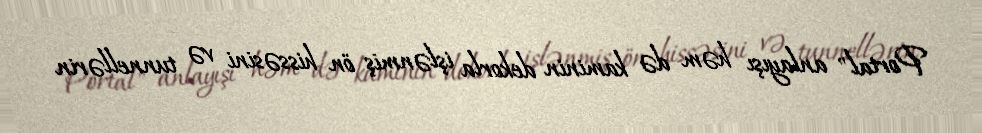
Portal" anlayışı həm də kaminin dekorla işlənmiş ön hissəsini və tunnellərin